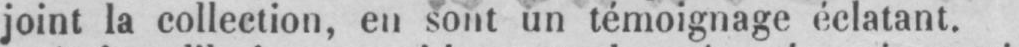
joint la collection, en sont un témoignage éclatant.